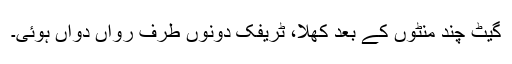
گیٹ چند منٹوں کے بعد کھلا، ٹریفک دونوں طرف رواں دواں ہوئی۔